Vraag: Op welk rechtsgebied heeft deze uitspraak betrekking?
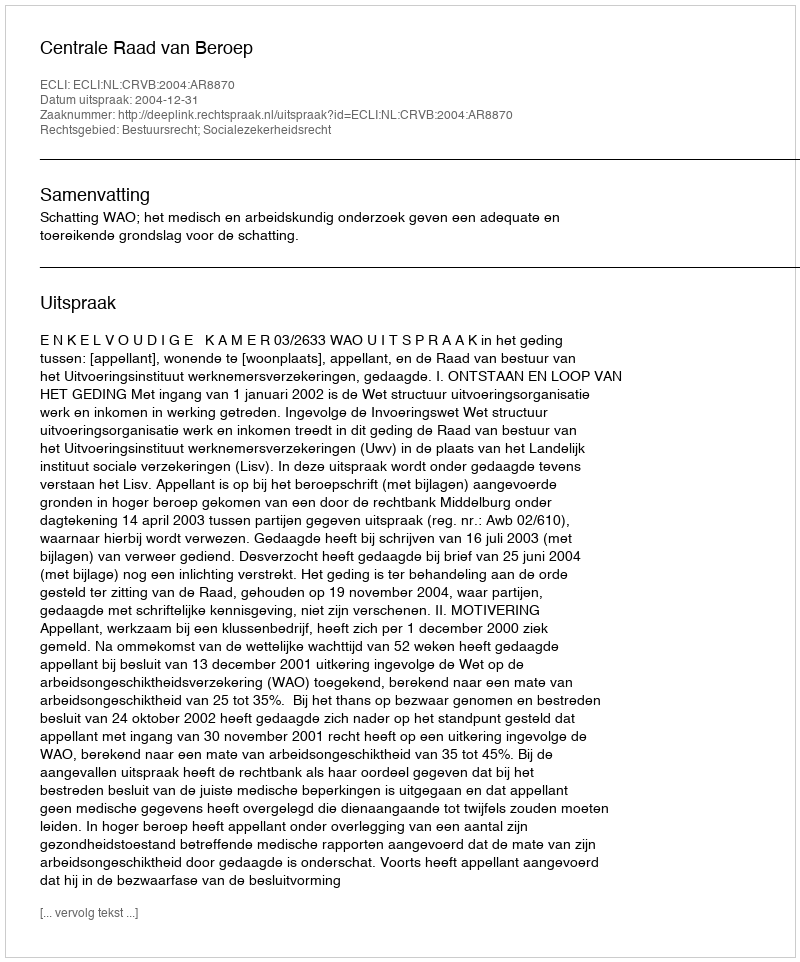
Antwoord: Bestuursrecht; Socialezekerheidsrecht